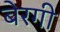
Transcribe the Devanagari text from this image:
बेरगी